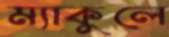
ম্যাকুলে